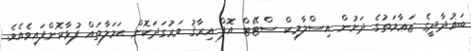
ބަޣުދާދީގެ ޒަޢާމަތުގެ ދަށުން އިސްލާމިކް ސްޓޭޓް އޮފް އިރާޤު ވަރުގަދަކޮށް ޙަމަލާތައް ފުޅާކޮށްފައިވެއެވެ.